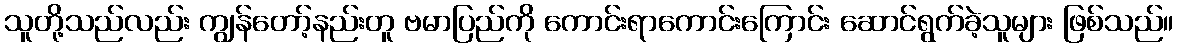
သူတို့သည်လည်း ကျွန်တော့်နည်းတူ ဗမာပြည်ကို ကောင်းရာကောင်းကြောင်း ဆောင်ရွက်ခဲ့သူများ ဖြစ်သည်။